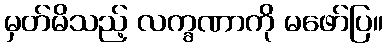
မှတ်မိသည့် လက္ခဏာကို မဖော်ပြ။